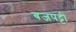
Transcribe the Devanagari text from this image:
बजपट्टी